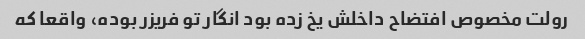
رولت مخصوص افتضاح داخلش یخ زده بود انگار تو فریزر بوده، واقعا که